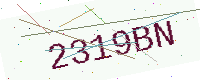
Text: 2319BN